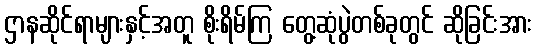
ဌာနဆိုင်ရာများနှင့်အတူ စိုးရိမ်ကြ တွေ့ဆုံပွဲတစ်ခုတွင် ဆိုခြင်းအား